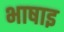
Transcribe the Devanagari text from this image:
भाषाइ